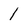
Character: 1